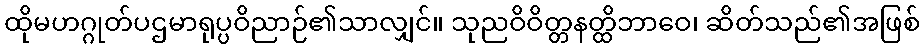
ထိုမဟဂ္ဂုတ်ပဌမာရုပ္ပဝိညာဉ်၏သာလျှင်။ သုညဝိဝိတ္တနတ္ထိဘာဝေ၊ ဆိတ်သည်၏အဖြစ်